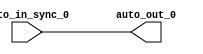
// This program was cloned from: https://github.com/NYU-MLDA/OpenABC
// License: BSD 3-Clause "New" or "Revised" License

module IntSyncCrossingSink_2( // @[:freechips.rocketchip.system.TinyConfig.fir@115330.2]
  input   auto_in_sync_0, // @[:freechips.rocketchip.system.TinyConfig.fir@115333.4]
  output  auto_out_0 // @[:freechips.rocketchip.system.TinyConfig.fir@115333.4]
);
  assign auto_out_0 = auto_in_sync_0; // @[LazyModule.scala 173:49:freechips.rocketchip.system.TinyConfig.fir@115342.4]
endmodule